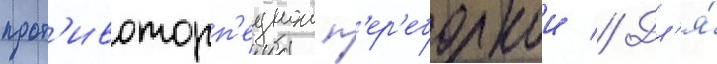
прот'ивоторп'еднои п'ер'еборкои // Дл'я́